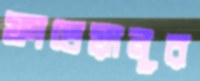
ফাতেয়ানূর